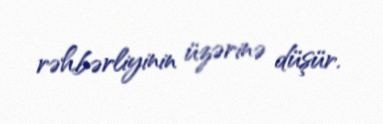
rəhbərliyinin üzərinə düşür.